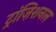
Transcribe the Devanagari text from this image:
ट्रांज़िशनल